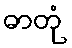
ဓာတုံ